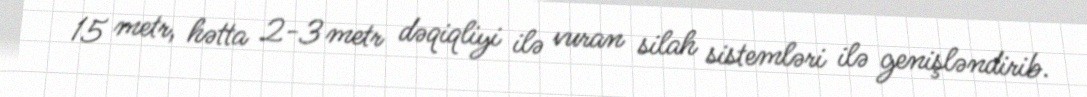
15 metr, hətta 2-3 metr dəqiqliyi ilə vuran silah sistemləri ilə genişləndirib.